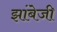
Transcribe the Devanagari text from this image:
झांबेजी